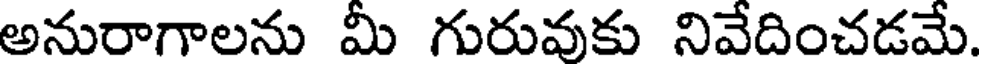
అనురాగాలను మీ గురువుకు నివేదించడమే.